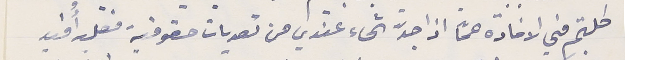
طلبتم مني الافادة عمّا اذا جدّ شىء عندي من تعديات حقوقية فعليه أُفيد